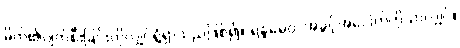
မိတ်၏ပျက်စီးခြင်းကိုလျှင်ရွံရှာသည်ဖြစ်၍။ ရန္ဓမေဝ၊ အခွင့်အပေါက်ကိုသာလျှင်။